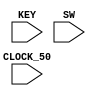
// Part 2 skeleton

module part2
	(
		CLOCK_50,						//	On Board 50 MHz
		// Your inputs and outputs here
        KEY,
        SW
//		// The ports below are for the VGA output.  Do not change.
//		VGA_CLK,   						//	VGA Clock
//		VGA_HS,							//	VGA H_SYNC
//		VGA_VS,							//	VGA V_SYNC
//		VGA_BLANK_N,						//	VGA BLANK
//		VGA_SYNC_N,						//	VGA SYNC
//		VGA_R,   						//	VGA Red[9:0]
//		VGA_G,	 						//	VGA Green[9:0]
//		VGA_B   						//	VGA Blue[9:0]
	);

	input			CLOCK_50;				//	50 MHz
	input   [9:0]   SW;
	input   [3:0]   KEY;

	// Declare your inputs and outputs here
	// Do not change the following outputs
//	output			VGA_CLK;   				//	VGA Clock
//	output			VGA_HS;					//	VGA H_SYNC
//	output			VGA_VS;					//	VGA V_SYNC
//	output			VGA_BLANK_N;				//	VGA BLANK
//	output			VGA_SYNC_N;				//	VGA SYNC
//	output	[9:0]	VGA_R;   				//	VGA Red[9:0]
//	output	[9:0]	VGA_G;	 				//	VGA Green[9:0]
//	output	[9:0]	VGA_B;   				//	VGA Blue[9:0]
	
	wire resetn;
	assign resetn = KEY[0];
	
	// Create the colour, x, y and writeEn wires that are inputs to the controller.
	wire [2:0] colour;
	wire [7:0] x;
	wire [6:0] y;
	wire ld_x, ld_y, ld_c, ld_r, alu_op, ld_alu_out;
	wire [3:0] counter;
	wire writeEn;
	wire [1:0]go;
	assign go[0] = ~KEY[3];
	assign go[1] = ~KEY[1];

	// Create an Instance of a VGA controller - there can be only one!
	// Define the number of colours as well as the initial background
	// image file (.MIF) for the controller.
//	vga_adapter VGA(
//			.resetn(resetn),
//			.clock(CLOCK_50),
//			.colour(colour),
//			.x(x),
//			.y(y),
//			.plot(writeEn),
//			/* Signals for the DAC to drive the monitor. */
//			.VGA_R(VGA_R),
//			.VGA_G(VGA_G),
//			.VGA_B(VGA_B),
//			.VGA_HS(VGA_HS),
//			.VGA_VS(VGA_VS),
//			.VGA_BLANK(VGA_BLANK_N),
//			.VGA_SYNC(VGA_SYNC_N),
//			.VGA_CLK(VGA_CLK));
//		defparam VGA.RESOLUTION = "160x120";
//		defparam VGA.MONOCHROME = "FALSE";
//		defparam VGA.BITS_PER_COLOUR_CHANNEL = 1;
//		defparam VGA.BACKGROUND_IMAGE = "black.mif";
			
	// Put your code here. Your code should produce signals x,y,colour and writeEn/plot
	// for the VGA controller, in addition to any other functionality your design may require.
    
    // Instansiate datapath
	 datapath d0(.data_in(SW[9:0]), .clk(CLOCK_50), .resetn(resetn), .ld_x(ld_x), .ld_y(ld_y), .ld_c(ld_c), .ld_r(ld_r), .counter(counter), .alu_op(alu_op), .ld_alu_out(ld_alu_out), .x_result(x), .y_result(y), .colour_result(colour));
    // Instansiate FSM control
    control c0(.clk(CLOCK_50), .resetn(resetn), .go(go), .counter(counter), .writeEn(writeEn), .ld_x(ld_x), .ld_y(ld_y), .ld_c(ld_c), .ld_r(ld_r), .alu_op(alu_op), .ld_alu_out(ld_alu_out));
    
endmodule

module control(
    input clk,
    input resetn,
    input [1:0]go,
	 
	 output reg [3:0] counter,
	 output reg writeEn,
    output reg  ld_x, ld_y,ld_c, ld_r,
    output reg  ld_alu_out,
    output reg alu_op
    );

    reg [3:0] current_state, next_state; 
    
    localparam  S_LOAD_X        = 4'd0,
                S_LOAD_X_WAIT   = 4'd1,
					 S_LOAD_Y        = 4'd2,
					 S_LOAD_Y_WAIT   = 4'd3,
                S_CYCLE_0       = 4'd4,
					 S_CYCLE_1       = 4'd5;
    
    // Next state logic aka our state table
    always@(*)
    begin: state_table 
            case (current_state)
                S_LOAD_X: next_state = go[0] ? S_LOAD_X_WAIT : S_LOAD_X; // Loop in current state until value is input
                S_LOAD_X_WAIT: next_state = go[0] ? S_LOAD_X_WAIT : S_LOAD_Y; // Loop in current state until go signal goes low
					 S_LOAD_Y: next_state = go[1] ? S_LOAD_Y_WAIT : S_LOAD_Y; // Loop in current state until go signal goes low
					 S_LOAD_Y_WAIT: next_state = go[1] ? S_LOAD_Y_WAIT : S_CYCLE_0;
					 S_CYCLE_0: next_state = S_CYCLE_1;
					 S_CYCLE_1: begin
					 if(counter != 4'b1111)
						next_state = S_CYCLE_0;
					 else
					   next_state = S_LOAD_X;
					end
            default:     next_state = S_LOAD_X;
        endcase
    end // state_table
   

    // Output logic aka all of our datapath control signals
    always @(*)
    begin: enable_signals
        // By default make all our signals 0
        ld_alu_out = 1'b0;
        ld_x = 1'b0;
		  ld_y = 1'b0;
		  ld_c = 1'b0;
        ld_r = 1'b0;
		  writeEn = 1'b0;
        alu_op       = 1'b0;

        case (current_state)
            S_LOAD_X: begin
                ld_x = 1'b1;
					 ld_c = 1'b1;
					 counter = -4'd1;
                end
				S_LOAD_Y: begin
                ld_y = 1'b1;
                end
            S_CYCLE_0: begin 
                ld_alu_out = 1'b1; 
					 ld_r = 1'b1;
//					 ld_x = 1'b1; // store result back 
//					 ld_y = 1'b1; // store result back 
					 counter = counter + 1'b1;
					 writeEn = 1'b1;

                alu_op = 1'b0; 
            end
        // default:    // don't need default since we already made sure all of our outputs were assigned a value at the start of the always block
        endcase
    end // enable_signals
   
    // current_state registers
    always@(posedge clk)
    begin: state_FFs
        if(!resetn)
            current_state <= S_LOAD_X;
        else
            current_state <= next_state;
    end // state_FFS
endmodule 

module datapath(input [9:0] data_in, input clk, input resetn, input ld_x, input ld_y, input ld_c, input ld_r, input [3:0]counter, 
input alu_op, input ld_alu_out, output reg [7:0] x_result, output reg [6:0] y_result, output reg [2:0] colour_result) ;
    // input registers
    reg [7:0] x, y;
    // output of the alu
    reg [7:0] x_out, y_out;

    always @ (posedge clk) begin
        if (!resetn) begin
            x <= 8'd0; 
            y <= 7'd0; 
        end
        else begin
            if (ld_x)
                x <= ld_alu_out ? x_out : {1'b0, data_in[6:0]}; // load alu_out if load_alu_out signal is high, otherwise load from data_in
            if (ld_y)
                y <= ld_alu_out ? y_out : data_in[6:0]; // load alu_out if load_alu_out signal is high, otherwise load from data_in
				if (ld_c)
					colour_result <= data_in[9:7];
				
        end
    end

    // Output result register
    always @ (posedge clk) begin
        if (!resetn) begin
            x_result <= 8'd0; 
            y_result <= 7'd0; 
        end
        else 
            if(ld_r) begin
               x_result <= x_out;
					y_result <= y_out;
				end
    end

    // The ALU 
    always @(*)
    begin : ALU
        // alu
        case (alu_op)
            1'b0: begin
						x_out = x + counter[1:0];
			         y_out = y + counter[3:2];

               end
            default: begin 
                   x_out = 8'd0; 
		             y_out = 7'd0;
					end
        endcase
    end
endmodule